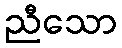
ညီသော